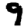
Digit: 9